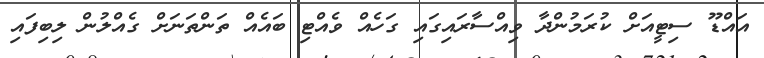
އައްޑޫ ސިޓީއަށް ކުރަމުންދާ ވިއްސާރައިގައި ގަހެއް ވެއްޓި ބައެއް ތަންތަނަށް ގެއްލުން ލިބިފައި